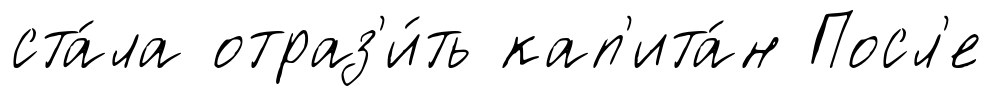
ста́ла отраз'и́ть кап'ита́н Посл'е